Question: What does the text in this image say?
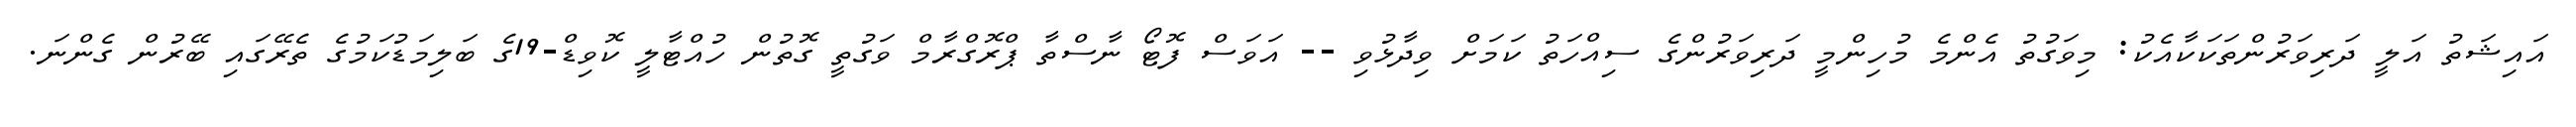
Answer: އައިޝަތު އަލީ ދަރިވަރުންތަކަކާއެކު: މިވަގުތު އެންމެ މުހިންމީ ދަރިވަރުންގެ ސިއްހަތު ކަމަށް ވިދާޅުވި -- އަވަސް ފޮޓޯ ނާސްތާ ޕްރޮގްރާމް ވަގުތީ ގޮތުން ހުއްޓާލީ ކޮވިޑް-19ގެ ބަލިމަޑުކަމުގެ ތެރޭގައި ބޭރުން ގެންނަ.